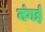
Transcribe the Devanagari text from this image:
नंगई